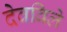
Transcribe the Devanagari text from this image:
देवविले